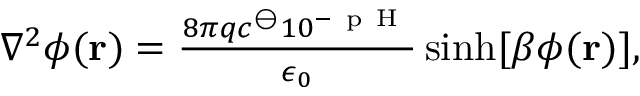
\begin{array} { r } { \nabla ^ { 2 } \phi ( { \bf r } ) = \frac { 8 \pi q c ^ { \ominus } 1 0 ^ { - \mathrm { ~ p ~ H ~ } } } { \epsilon _ { 0 } } \sinh [ \beta \phi ( { \bf r } ) ] , } \end{array}